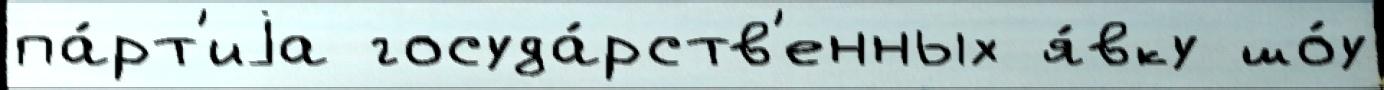
па́рт'иjа госуда́рств'енных я́вку шо́у